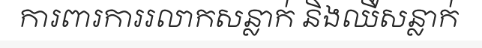
ការពារការរលាកសន្លាក់ និងឈឺសន្លាក់